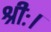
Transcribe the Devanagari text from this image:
श्रीः।